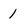
Character: 1